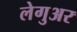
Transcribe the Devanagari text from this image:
लेगुअर